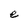
Character: e